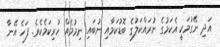
އަދި ނޭގުމަކީ އެކަމުގެ ނުރައްކަލުގެ ބޮޑުކަމާއި ނުބައި ނިމުމެއް ހުރިކަމެކެވެ. ފަހެ އޭނާ